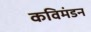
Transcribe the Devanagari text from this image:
कविमंडन